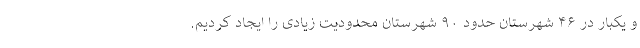
و یکبار در ۴۶ شهرستان حدود ۹۰ شهرستان محدودیت زیادی را ایجاد کردیم.